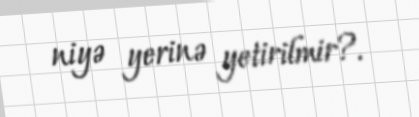
niyə yerinə yetirilmir?.